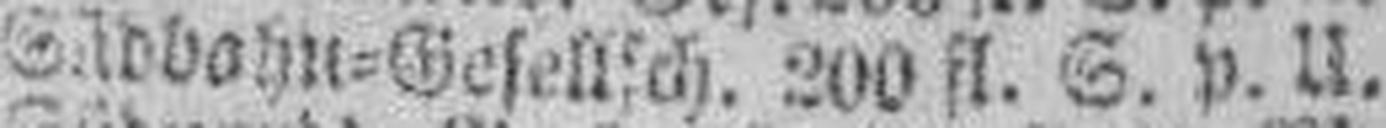
Südbahn=Gesellsch. 300 fl. S. p. U.